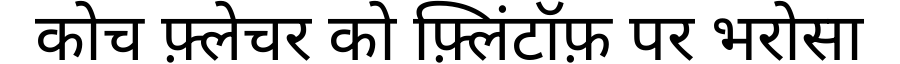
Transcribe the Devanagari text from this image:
कोच फ़्लेचर को फ़्लिंटॉफ़ पर भरोसा